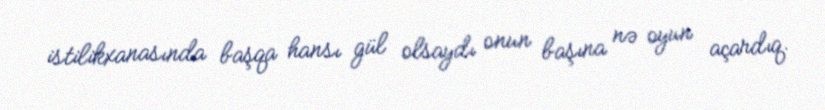
istilikxanasında başqa hansı gül olsaydı onun başına nə oyun açardıq.